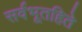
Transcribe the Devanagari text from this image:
सर्वभूतहिते